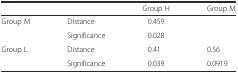
<table><thead><tr><td></td><td></td><td><b>Group H</b></td><td><b>Group M</b></td></tr></thead><tbody><tr><td rowspan="2">Group M</td><td>Distance</td><td>0.459</td><td></td></tr><tr><td>Significance</td><td>0.028</td><td></td></tr><tr><td rowspan="2">Group L</td><td>Distance</td><td>0.41</td><td>0.56</td></tr><tr><td>Significance</td><td>0.039</td><td>0.0919</td></tr></tbody></table>